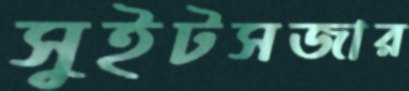
সুইটসজার